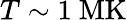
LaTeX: T\sim 1~\mathrm{MK}